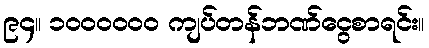
၉၄။ ၁၀၀၀၀၀၀ ကျပ်တန်ဘဏ်ငွေစာရင်း။